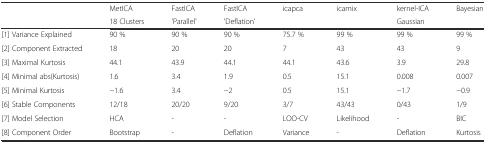
| <ROWSPAN=2>  | MetICA | FastICA | FastICA | icapca | icamix | kernel-ICA | <ROWSPAN=2> Bayesian |
 | 18 Clusters | 'Parallel' | 'Deflation' |  |  | Gaussian |
 | --- | --- | --- | --- | --- | --- | --- | --- |
 | [1] Variance Explained | 90 % | 90 % | 90 % | 75.7 % | 99 % | 99 % | 99 % |
 | [2] Component Extracted | 18 | 20 | 20 | 7 | 43 | 43 | 9 |
 | [3] Maximal Kurtosis | 44.1 | 43.9 | 44.1 | 44.1 | 43.6 | 3.9 | 29.8 |
 | [4] Minimal abs(Kurtosis) | 1.6 | 3.4 | 1.9 | 0.5 | 15.1 | 0.008 | 0.007 |
 | [5] Minimal Kurtosis | −1.6 | 3.4 | −2 | 0.5 | 15.1 | −1.7 | −0.9 |
 | [6] Stable Components | 12/18 | 20/20 | 9/20 | 3/7 | 43/43 | 0/43 | 1/9 |
 | [7] Model Selection | HCA | - | - | LOO-CV | Likelihood | - | BIC |
 | [8] Component Order | Bootstrap | - | Deflation | Variance | - | Deflation | Kurtosis |